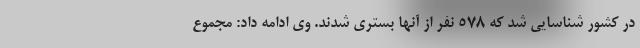
در کشور شناسایی شد که ۵۷۸ نفر از آنها بستری شدند. وی ادامه داد: مجموع